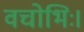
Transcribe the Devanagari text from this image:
वचोभिः।